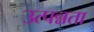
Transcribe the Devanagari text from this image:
उत्पन्नता